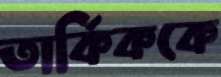
তার্কিককে